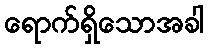
ရောက်ရှိသောအခါ